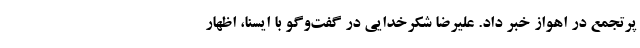
پرتجمع در اهواز خبر داد. علیرضا شکرخدایی در گفت‌وگو با ایسنا، اظهار